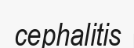
cephalitis